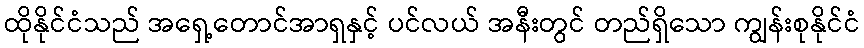
ထိုနိုင်ငံသည် အရှေ့တောင်အာရှနှင့် ပင်လယ် အနီးတွင် တည်ရှိသော ကျွန်းစုနိုင်ငံ